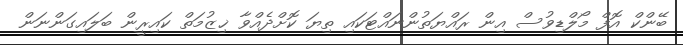
ބޭންކް އޮފް މޯލްޑިވުސް އިން ރައްޔަތުންނައްޓަކައި ތިޔަ ކޮށްދެއްވާ ޚިޒުމަތް ކައިރީން ބަލައިގަންނަން